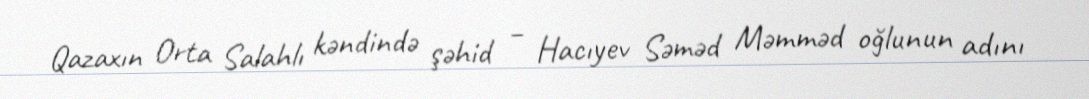
Qazaxın Orta Salahlı kəndində şəhid – Hacıyev Səməd Məmməd oğlunun adını